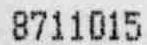
8711015